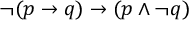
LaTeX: \neg ( p \to q ) \to ( p \land \neg q )